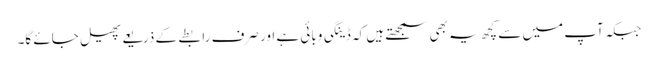
جبکہ آپ میں سے کچھ یہ بھی سمجھتے ہیں کہ ڈینگی وبائی ہے اور صرف رابطے کے ذریعے پھیل جائے گا۔